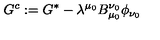
G ^ { c } : = G ^ { * } - \lambda ^ { \mu _ { 0 } } B _ { \mu _ { 0 } } ^ { \nu _ { 0 } } \phi _ { \nu _ { 0 } }